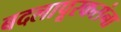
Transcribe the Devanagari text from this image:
बदलापूरकरांना